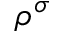
\rho ^ { \sigma }